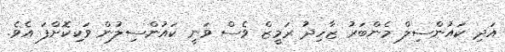
އަދި ކައުންސިލް މެންބަރު ޒާހިދު ރަމީޒް ވެސް ވަނީ ކައުންސިލުން ވަކިކޮށްފަ އެވެ.